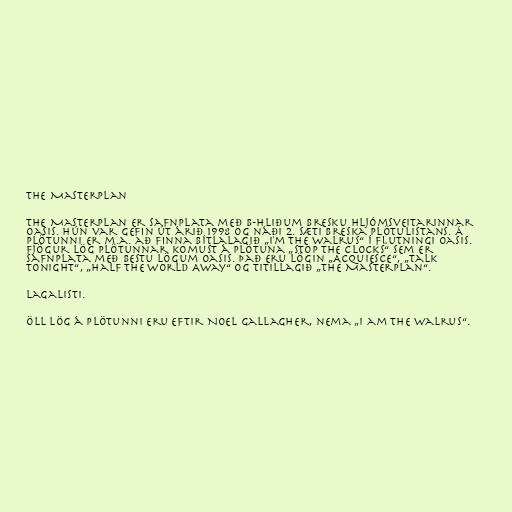
The Masterplan

The Masterplan er safnplata með B-hliðum bresku hljómsveitarinnar
Oasis. Hún var gefin út árið 1998 og náði 2. sæti breska plötulistans. Á
plötunni er m.a. að finna Bítlalagið „I'm The Walrus“ í flutningi Oasis.
Fjögur lög plötunnar komust á plötuna „Stop The Clocks“ sem er
safnplata með bestu lögum Oasis. Það eru lögin „Acquiesce“, „Talk
Tonight“, „Half The World Away“ og titillagið „The Masterplan“.

Lagalisti.

Öll lög á plötunni eru eftir Noel Gallagher, nema „I am the walrus“.